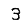
Digit: 3